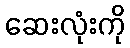
ဆေးလုံးကို